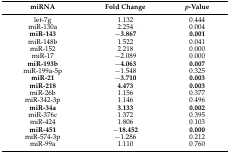
| miRNA | Fold Change | p-Value |
 | --- | --- | --- |
 | let-7g | 1.132 | 0.444 |
 | miR-130a | 2.254 | 0.004 |
 | miR-143 | −3.867 | 0.001 |
 | miR-148b | 1.522 | 0.041 |
 | miR-152 | 2.218 | 0.000 |
 | miR-17 | −2.089 | 0.000 |
 | miR-193b | −4.063 | 0.007 |
 | miR-199a-5p | −1.548 | 0.325 |
 | miR-21 | −3.710 | 0.003 |
 | miR-218 | 4.473 | 0.003 |
 | miR-26b | 1.156 | 0.377 |
 | miR-342-3p | 1.146 | 0.496 |
 | miR-34a | 3.133 | 0.002 |
 | miR-376c | 1.372 | 0.395 |
 | miR-424 | 1.806 | 0.103 |
 | miR-451 | −18.452 | 0.000 |
 | miR-574-3p | −1.286 | 0.212 |
 | miR-99a | 1.110 | 0.760 |